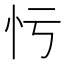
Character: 𢗃